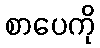
စာပေကို